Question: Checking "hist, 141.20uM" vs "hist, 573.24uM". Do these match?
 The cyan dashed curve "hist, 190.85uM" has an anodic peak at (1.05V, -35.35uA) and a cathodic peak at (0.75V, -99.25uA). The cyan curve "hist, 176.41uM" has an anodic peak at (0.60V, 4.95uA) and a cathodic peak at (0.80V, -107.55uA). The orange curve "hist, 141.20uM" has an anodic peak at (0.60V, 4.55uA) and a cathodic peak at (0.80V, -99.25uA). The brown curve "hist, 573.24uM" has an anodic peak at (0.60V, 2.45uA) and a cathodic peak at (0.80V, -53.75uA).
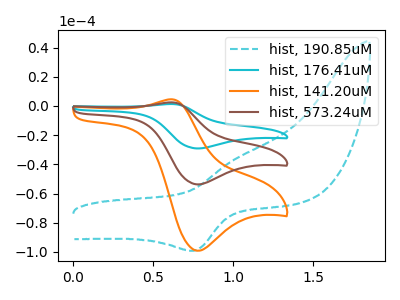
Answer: <think>All the peaks in "hist, 141.20uM" have a peak in "hist, 573.24uM" at the same potential. Every peak in "hist, 141.20uM" is higher than every peak in "hist, 573.24uM".
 </think>
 <answer>"hist, 141.20uM" and "hist, 573.24uM" are similar in shape.</answer>
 <eval>same_shape</eval>